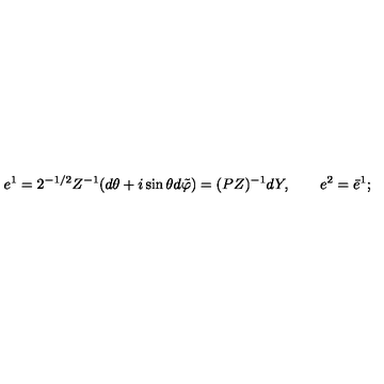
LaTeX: e ^ { 1 } = 2 ^ { - 1 / 2 } Z ^ { - 1 } ( d \theta + i \sin \theta d \tilde { \varphi } ) = ( P Z ) ^ { - 1 } d Y , \qquad e ^ { 2 } = \bar { e } ^ { 1 } ;